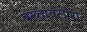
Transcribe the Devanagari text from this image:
बख्तावरपुरा